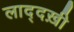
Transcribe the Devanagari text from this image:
लाद्दख़ी